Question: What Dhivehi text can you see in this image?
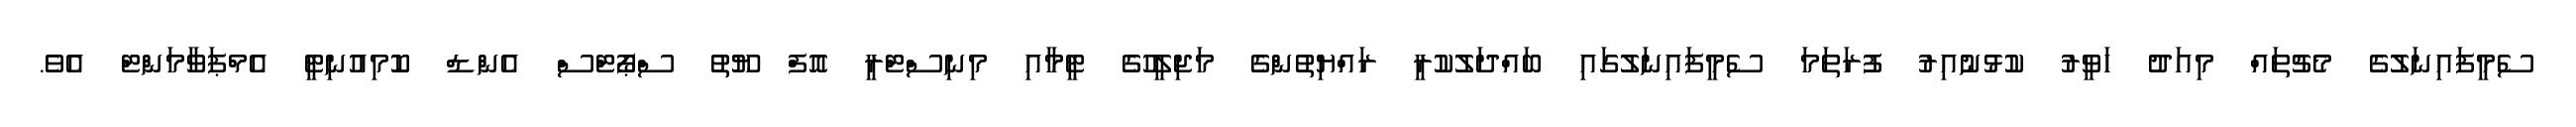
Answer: ސެމީފައިނަލުގެ މެޗުތައް މިއަދު ހަވީރު ކުޅުނުއިރު ފުރަތަމަ ސެމީފައިނަލުގައި ބައްދަލުކުރީ ރައްޔިތުންގެ މަޖިލީހުގެ ޓީމާއި މިނިސްޓްރީ އޮފް ޔޫތު ސްޕޯޓްސް އެންޑް ކޮމިއުނިޓީ އެމްޕަވާމަންޓް އެވެ.